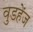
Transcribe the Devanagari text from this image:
वुडहेंज